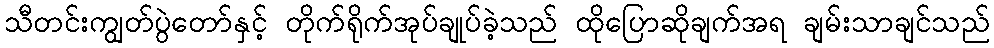
သီတင်းကျွတ်ပွဲတော်နှင့် တိုက်ရိုက်အုပ်ချုပ်ခဲ့သည် ထိုပြောဆိုချက်အရ ချမ်းသာချင်သည်